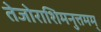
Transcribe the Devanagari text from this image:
तेजोराशिमनुत्तमम्